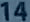
14